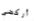
أركضي